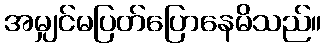
အမျှင်မပြတ်ပြောနေမိသည်။